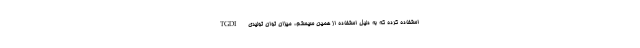
TGDI استفاده کرده که به دلیل استفاده از همین سیستم، میزان توان تولیدی